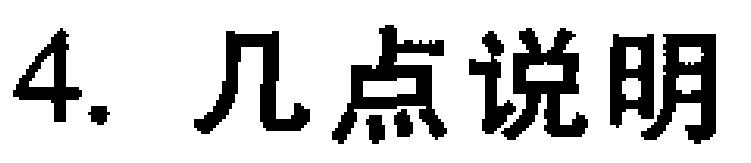
4. 几点说明